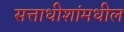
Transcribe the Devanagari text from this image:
सत्ताधीशांमधील